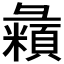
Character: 𪫇